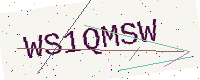
Text: WS1QMSW